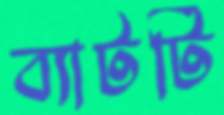
ব্যাটটি